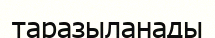
таразыланады